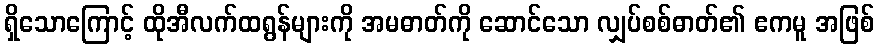
ရှိသောကြောင့် ထိုအီလက်ထရွန်များကို အမဓာတ်ကို ဆောင်သော လျှပ်စစ်ဓာတ်၏ ဧကမူ အဖြစ်